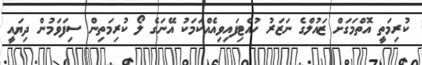
ކުރިމަތީ އޮތްމަގަށް ޒައުލްގެ ނަޒަރު ހުއްޓިފައިވިއެއްކަމަކު އޭނަގެ ލޯ ކުރިމަތިން ސިފަވަމުން ދިޔައީ